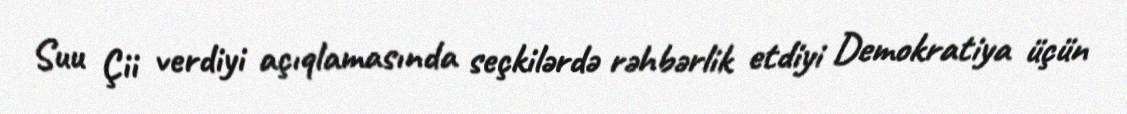
Suu Çii verdiyi açıqlamasında seçkilərdə rəhbərlik etdiyi Demokratiya üçün